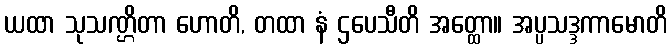
ယထာ သုသဏ္ဌိတာ ဟောတိ, တထာ နံ ဌပေသီတိ အတ္ထော။ အပ္ပသဒ္ဒကာမောတိ